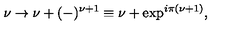
\nu \rightarrow \nu + ( - ) ^ { \nu + 1 } \equiv \nu + \exp ^ { i \pi { ( \nu + 1 } ) } ,